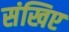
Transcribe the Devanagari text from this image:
संखिए